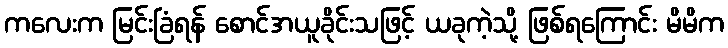
ကလေးက မြင်းခြံရန် စောင်အယူခိုင်းသဖြင့် ယခုကဲ့သို့ ဖြစ်ရကြောင်း မိမိက